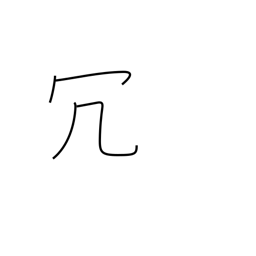
Meaning: superfluous